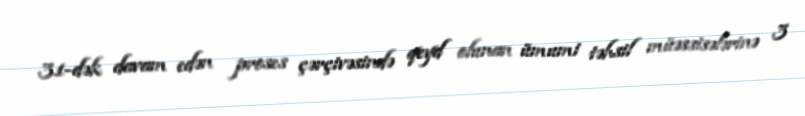
31-dək davam edən proses çərçivəsində qeyd olunan ümumi təhsil müəssisələrinə 3